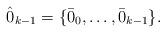
LaTeX: \begin{align*} \hat{0}_{k-1} = \{\bar{0}_{0}, \dots, \bar{0}_{k-1}\}.\end{align*}